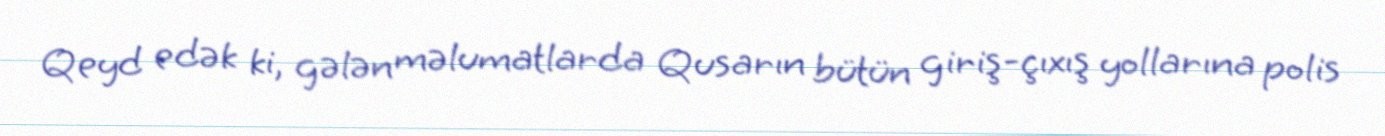
Qeyd edək ki, gələn məlumatlarda Qusarın bütün giriş-çıxış yollarına polis